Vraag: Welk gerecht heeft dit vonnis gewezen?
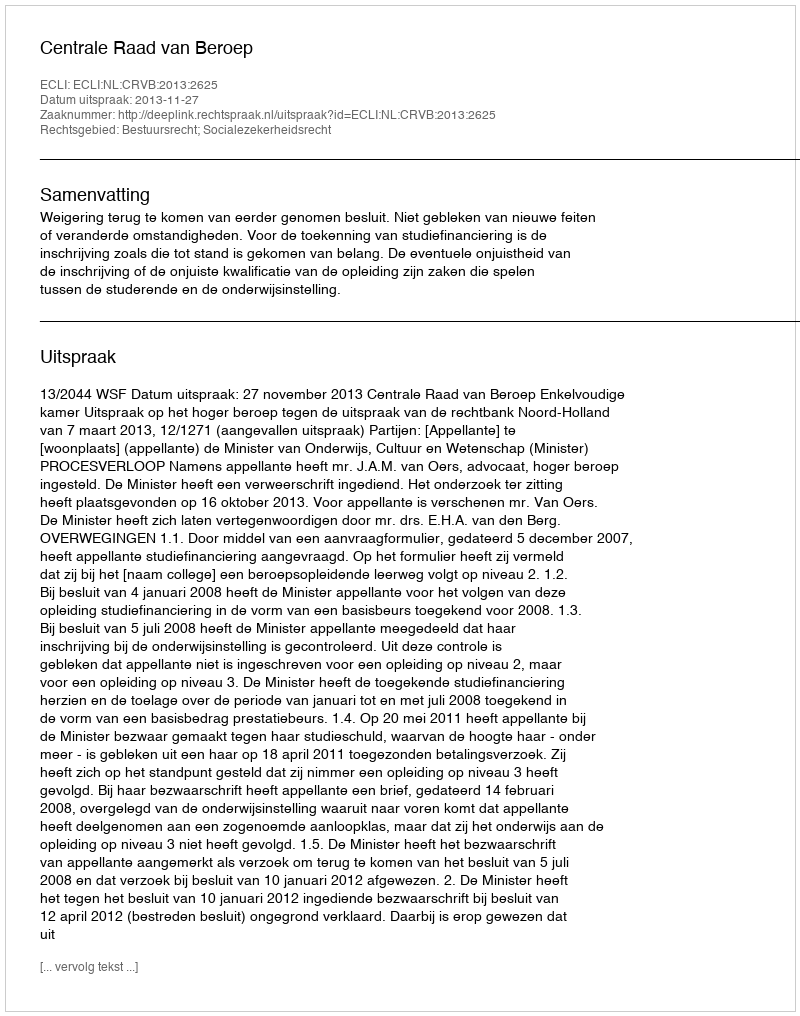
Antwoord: Centrale Raad van Beroep